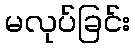
မလုပ်ခြင်း